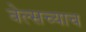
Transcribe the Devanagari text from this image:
वेल्सच्याच